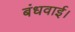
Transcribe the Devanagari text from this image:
बंधवाई।